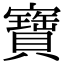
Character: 寶